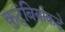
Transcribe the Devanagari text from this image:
कुटुंबियांकडे